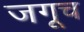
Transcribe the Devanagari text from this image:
जगूच